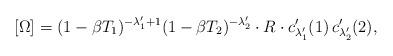
LaTeX: \begin{align*} [\Omega] = (1-\beta T_1)^{-\lambda'_1+1} (1-\beta T_2)^{-\lambda'_2}\cdot R \cdot c'_{\lambda'_1}(1)\,c'_{\lambda'_2}(2),\end{align*}